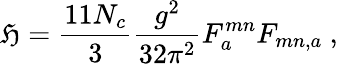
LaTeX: \mathfrak{H}=\frac{{11N_{c}}}{{3}}\frac{{g^{2}}}{{32\pi^{2}}}F_{a}^{mn}F_{mn,a}\ ,